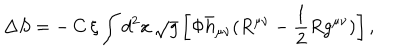
\Delta S = - \, C \, \xi \int d ^ { 2 } x \, \sqrt { g } \left[ \Phi \bar { h } _ { \mu \nu } ( R ^ { \mu \nu } - \frac { 1 } { 2 } R g ^ { \mu \nu } ) \right] ,